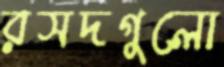
রসদগুলো